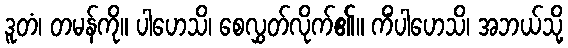
ဒူတံ၊ တမန်ကို။ ပါဟေသိ၊ စေလွှတ်လိုက်၏။ ကိံပါဟေသိ၊ အဘယ်သို့